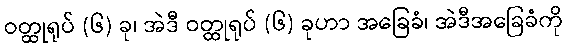
ဝတ္ထုရုပ် (၆) ခု၊ အဲဒီ ဝတ္ထုရုပ် (၆) ခုဟာ အခြေခံ၊ အဲဒီအခြေခံကို